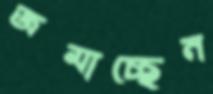
জমাচ্ছেন